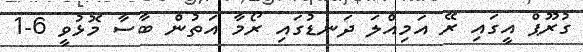
ގުރޫޕް އީގައި ރޭ އަމިއްލަ ދަނޑުގައި ރޯމާ އަތުން ބާސާ މޮޅުވީ 6-1